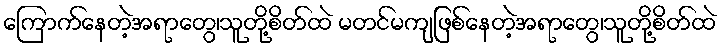
ကြောက်နေတဲ့အရာတွေ၊သူတို့စိတ်ထဲ မတင်မကျဖြစ်နေတဲ့အရာတွေ၊သူတို့စိတ်ထဲ